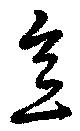
意